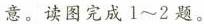
意。读图完成1~2题。